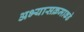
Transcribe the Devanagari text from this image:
अभ्यासक्रमाकडे